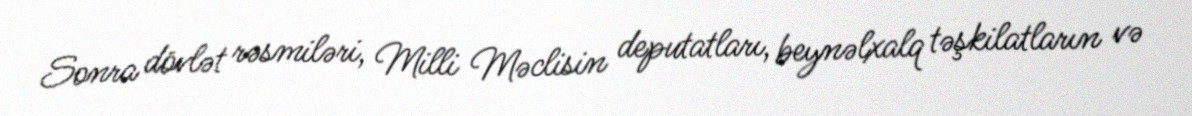
Sonra dövlət rəsmiləri, Milli Məclisin deputatları, beynəlxalq təşkilatların və